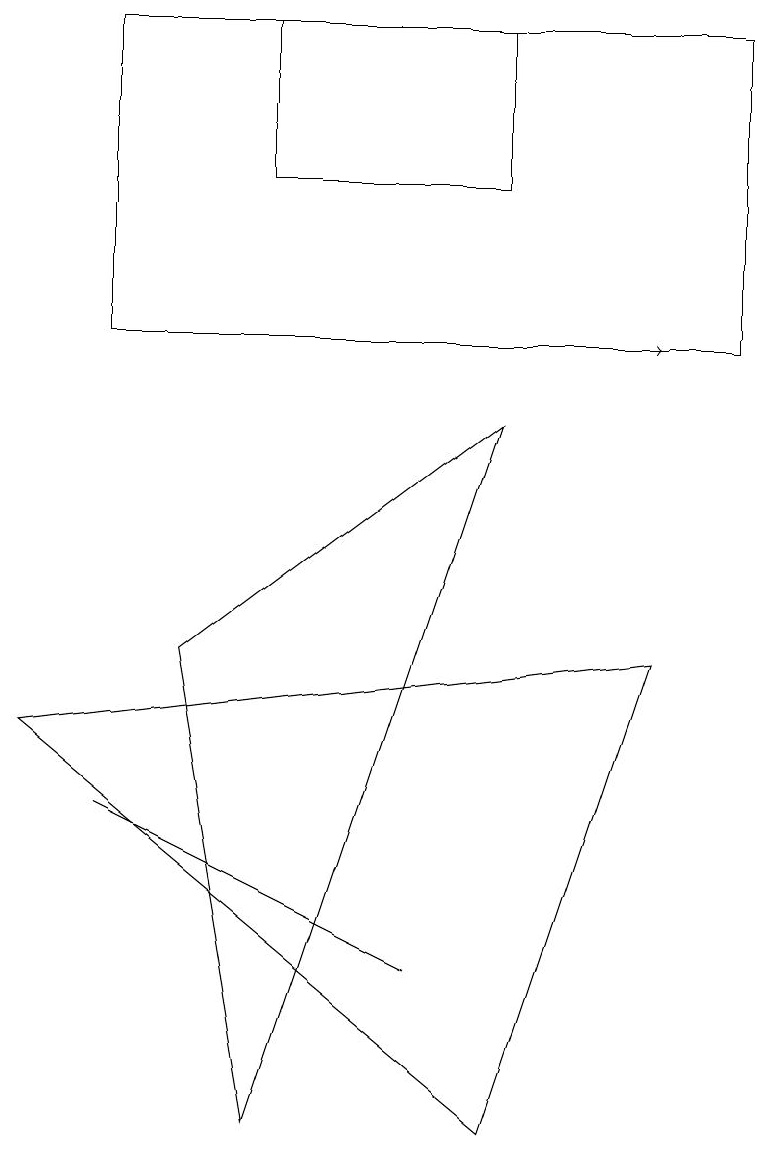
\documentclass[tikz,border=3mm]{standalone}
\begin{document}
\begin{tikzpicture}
\draw[->] (4,10) -- (8,10);
\draw (3,12) rectangle (6,14);
\draw (6,0) -- (8,6) -- (0,5) -- cycle;
\draw (5,2) -- (1,4) -- (5,2) -- cycle;
\draw (9,10) rectangle (1,14);
\draw (3,0) -- (2,6) -- (6,9) -- cycle;
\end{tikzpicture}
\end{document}